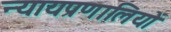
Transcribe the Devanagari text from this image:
न्यायप्रणालियों